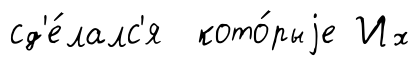
сд'е́лалс'я кото́рыjе Их